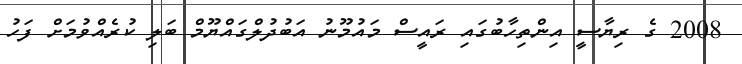
2008 ގެ ރިޔާސީ އިންތިހާބުގައި ރައީސް މައުމޫނު އަބުދުލްގައްޔޫމް ބަލި ކުރެއްވުމަށް ފަހު